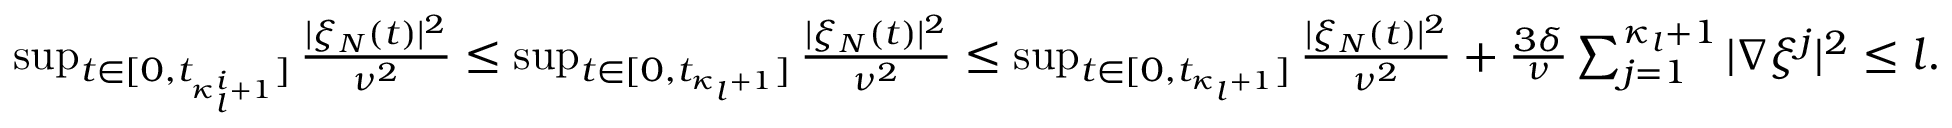
\begin{array} { r } { \operatorname* { s u p } _ { t \in [ 0 , t _ { \kappa _ { l } ^ { i } + 1 } ] } \frac { | \xi _ { N } ( t ) | ^ { 2 } } { \nu ^ { 2 } } \leq \operatorname* { s u p } _ { t \in [ 0 , t _ { \kappa _ { l } + 1 } ] } \frac { | \xi _ { N } ( t ) | ^ { 2 } } { \nu ^ { 2 } } \leq \operatorname* { s u p } _ { t \in [ 0 , t _ { \kappa _ { l } + 1 } ] } \frac { | \xi _ { N } ( t ) | ^ { 2 } } { \nu ^ { 2 } } + \frac { 3 \delta } { \nu } \sum _ { j = 1 } ^ { \kappa _ { l } + 1 } | \nabla \xi ^ { j } | ^ { 2 } \leq l . } \end{array}